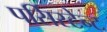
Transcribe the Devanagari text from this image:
पर्सिस्टेन्ट